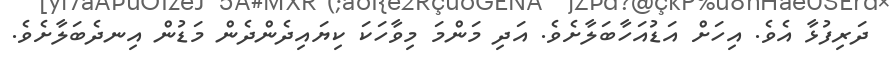
ދަރިފުޅާ އެވެ. އިހަށް އަޑުއަހާބަލާށެވެ. އަދި މަންމަ މިވާހަކަ ކިޔައިދެންދެން މަޑުން އިނދެބަލާށެވެ.